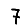
Digit: 7